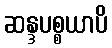
ဆန္ဒပစ္စယာပိ